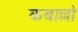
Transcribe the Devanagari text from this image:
कबाल्लो